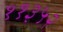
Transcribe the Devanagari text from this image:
११३५२